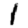
Digit: 1